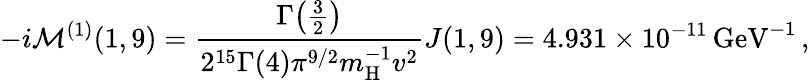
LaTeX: -i\mathcal{M}^{(1)}(1,9)=\frac{\Gamma\big(\frac{3}{2}\big)}{2^{15}\Gamma(4)\pi^{9/2}m_{\mathrm{H}}^{-1}v^{2}}J(1,9)=4.931\times 10^{-11}\, \mathrm{GeV}^{-1}\, ,